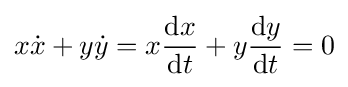
x{\dot {x}}+y{\dot {y}}=x{\frac {{\text{d}}x}{{\text{d}}t}}+y{\frac {{\text{d}}y}{{\text{d}}t}}=0